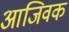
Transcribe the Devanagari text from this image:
आजिवक